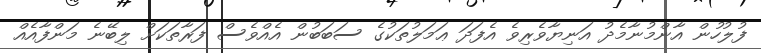
ފުލުހުން އާންމުނާމެދު އަނިޔާވެރިވެ އެފަދަ ޢަމަލުތަކުގެ ސަބަބުން އެއްވެސް ފަރާތަކަށް ލިބޭނެ މަންފާއެއް